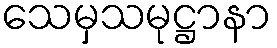
သေမှသမုဋ္ဌာနာ